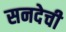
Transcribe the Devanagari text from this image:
सनदेची